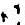
*1